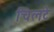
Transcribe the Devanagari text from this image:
चिलटे